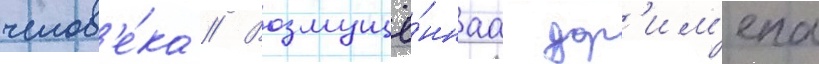
челов'е́ка // Возмущё́ннаа дор'им'ена